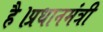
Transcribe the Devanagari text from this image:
है।प्रधानमंत्री